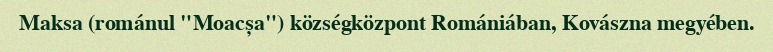
Maksa (románul "Moacșa") községközpont Romániában, Kovászna megyében.